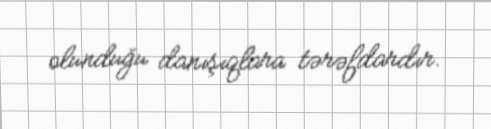
olunduğu danışıqlara tərəfdardır.